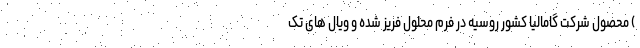
) محصول شرکت گامالیا کشور روسیه در فرم محلول فریز شده و ویال های تک